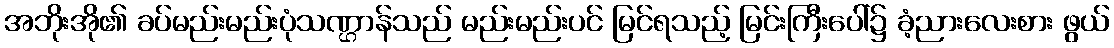
အဘိုးအို၏ ခပ်မည်းမည်းပုံသဏ္ဌာန်သည် မည်းမည်းပင် မြင်ရသည့် မြင်းကြီးပေါ်၌ ခံ့ညားလေးစား ဖွယ်